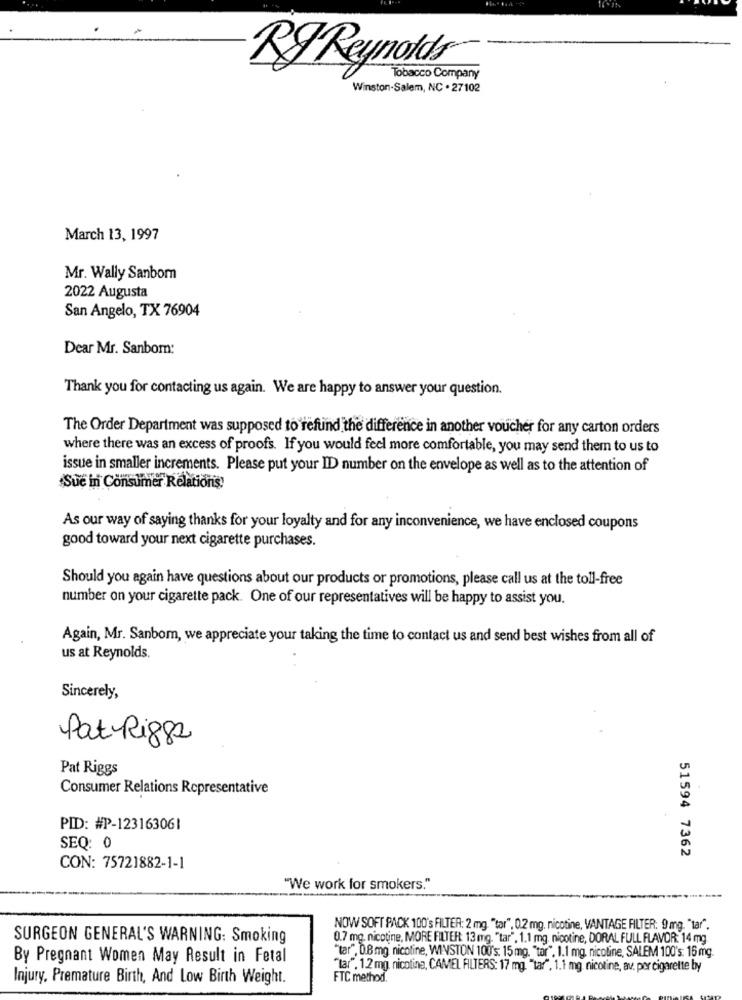
*7%
RyReynolds®
Tobacco Company
Winston-Salem, NC . 27102
March 13, 1997
Mr. Wally Sanbom
2022 Augusta
San Angelo, TX 76904
Dear Mr. Sanbom:
Thank you for contacting us again. We are happy to answer your question.
The Order Department was supposed to refund the difference in another voucher for any carton orders
where there was an excess of proofs. If you would feel more comfortable, you may send them to us to
issue in smaller increments. Please put your ID number on the envelope as well as to the attention of
Sue in Consumer Relations
As our way of saying thanks for your loyalty and for any inconvenience, we have enclosed coupons
good toward your next cigarette purchases.
Should you again have questions about our products or promotions, please call us at the toll-free
number on your cigarette pack. One of our representatives will be happy to assist you.
Again, Mr. Sanbom, we appreciate your taking the time to contact us and send best wishes from all of
us at Reynolds.
Sincerely,
Pat-Riggs
Pat Riggs
Consumer Relations Representative
PID: #P-123163061
SEQ: 0
51594 7362
CON: 75721882-1-1
"We work for smokers."
NOW SOFT PACK 100's FILTER: 2 mg. "tar", 0.2 mg. nicotine, VANTAGE FILTER: 9 mg. "tar".
SURGEON GENERAL'S WARNING: Smoking
0.7 mg. nicotine, MORE FILTER: 13 mg. "tar", 1.1 mg. nicotine, DORAL FULL FLAVOR: 14 mg.
"tar", 0.8 mg nicotine, WINSTON 100's: 15 mg. "tar". 1.1 mg, nicoline, SALEM 100's: 15 mg.
By Pregnant Women May Result in Fetal
"tar". 1.2 mg nicotina, CAMEL FILTERS: 17 mg. "tar", 1.1 mg. nicotine, av. por cigarette by
Injury, Premature Birth, And Low Birth Weight.
FTC method.